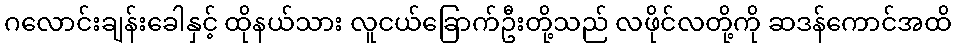
ဂလောင်းချန်းခေါနှင့် ထိုနယ်သား လူငယ်ခြောက်ဦးတို့သည် လဖိုင်လတို့ကို ဆဒန်ကောင်အထိ